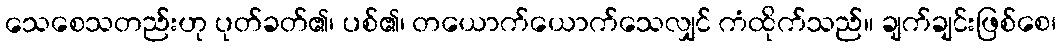
သေစေသတည်းဟု ပုတ်ခတ်၏၊ ပစ်၏၊ တယောက်ယောက်သေလျှင် ကံထိုက်သည်။ ချက်ချင်းဖြစ်စေ၊